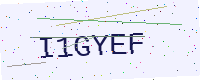
Text: I1GYEF